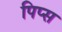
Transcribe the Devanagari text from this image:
पिप्स